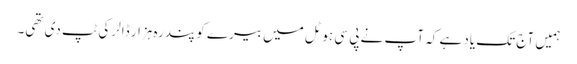
ہمیں آج تک یاد ہے کہ آپ نے پی سی ہوٹل میں بیرے کو پندرہ ہزار ڈالر کی ٹپ دی تھی۔